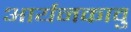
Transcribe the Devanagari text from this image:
आर्यनकावु